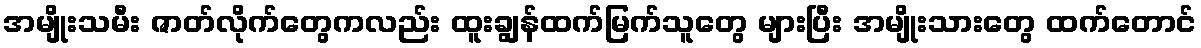
အမျိုးသမီး ဇာတ်လိုက်တွေကလည်း ထူးချွန်ထက်မြက်သူတွေ များပြီး အမျိုးသားတွေ ထက်တောင်